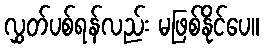
လွှတ်ပစ်ရန်လည်း မဖြစ်နိုင်ပေ။